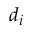
d _ { i }